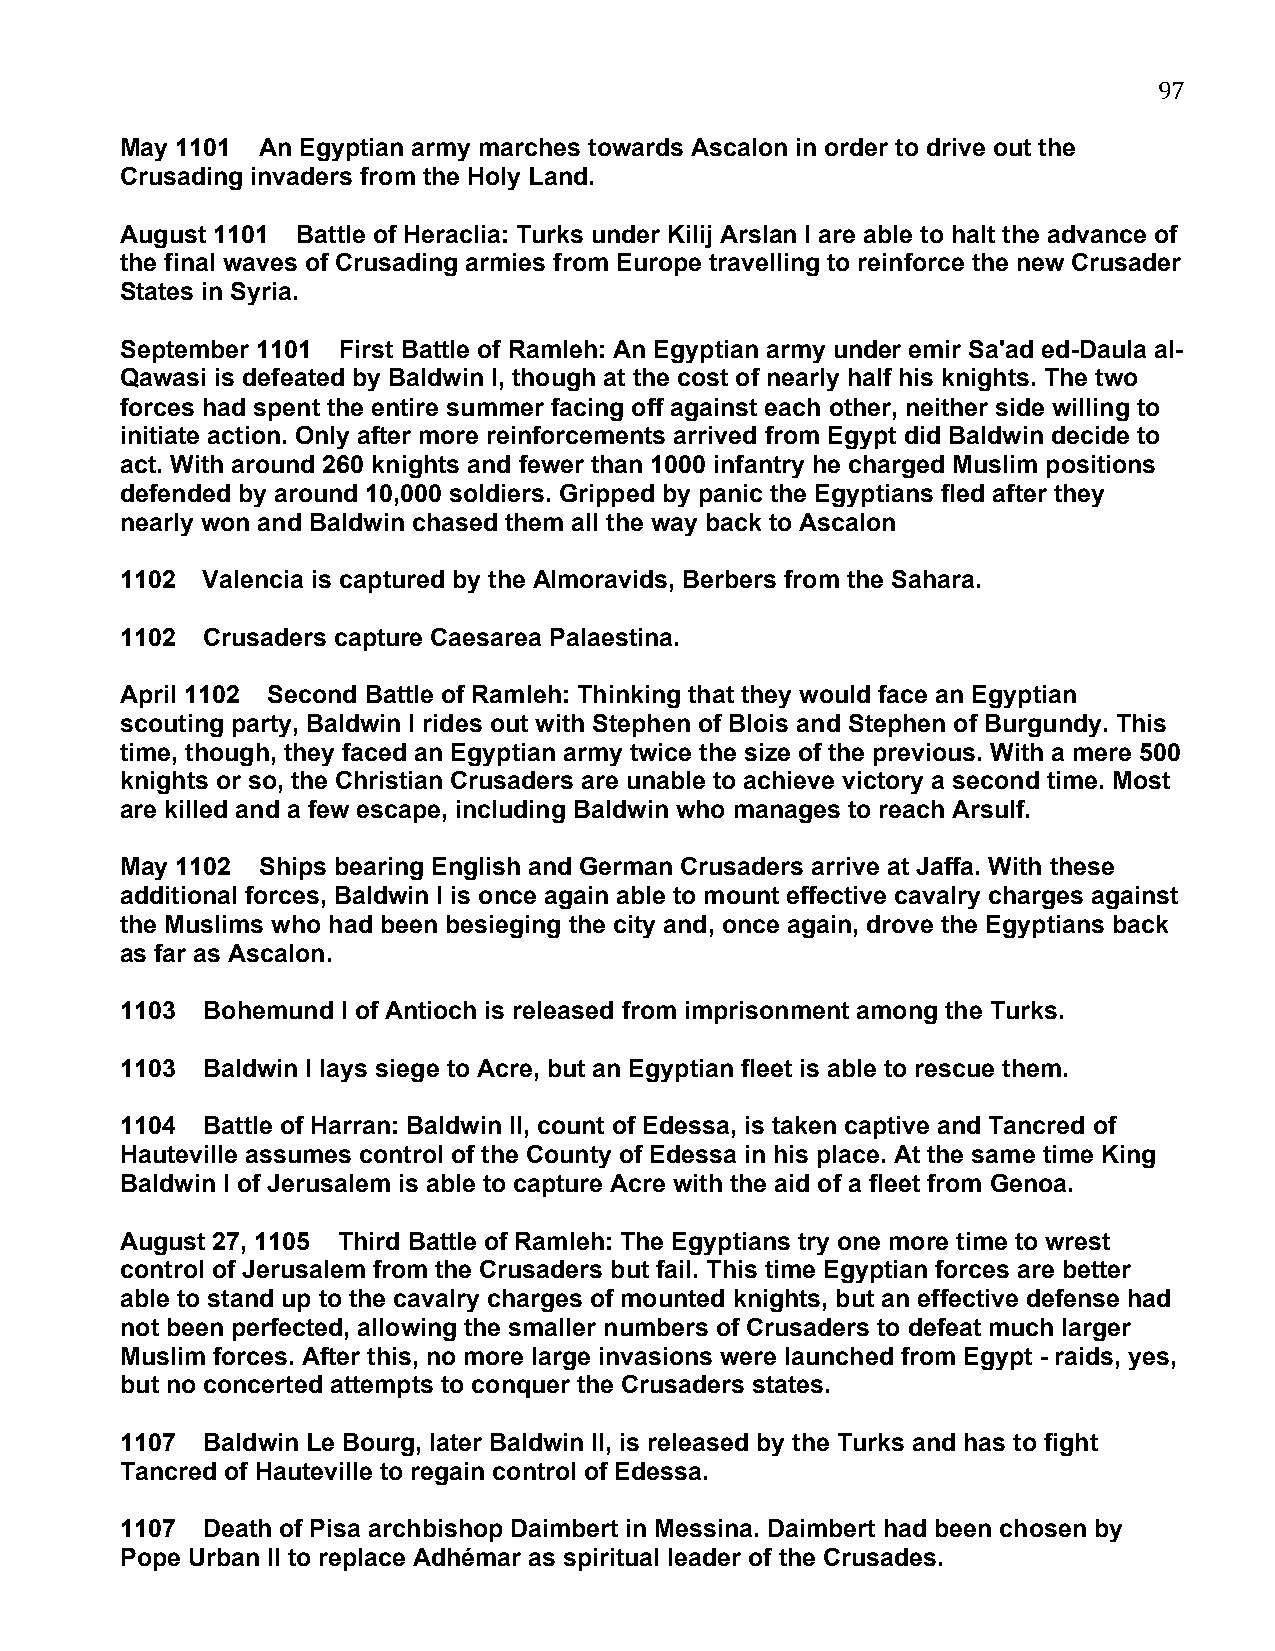
97
 May 1101 An Egyptian army marches towards Ascalon in order to drive out the
 Crusading invaders from the Holy Land.
 August 1101 Battle of Heraclia: Turks under Kilij Arslan I are able to halt the advance of
 the final waves of Crusading armies from Europe travelling to reinforce the new Crusader
 States in Syria.
 September 1101 First Battle of Ramleh: An Egyptian army under emir Sa'ad ed-Daula al-
 Qawasi is defeated by Baldwin I, though at the cost of nearly half his knights. The two
 forces had spent the entire summer facing off against each other, neither side willing to
 initiate action. Only after more reinforcements arrived from Egypt did Baldwin decide to
 act. With around 260 knights and fewer than 1000 infantry he charged Muslim positions
 defended by around 10,000 soldiers. Gripped by panic the Egyptians fled after they
 nearly won and Baldwin chased them all the way back to Ascalon
 1102 Valencia is captured by the Almoravids, Berbers from the Sahara.
 1102 Crusaders capture Caesarea Palaestina.
 April 1102 Second Battle of Ramleh: Thinking that they would face an Egyptian
 scouting party, Baldwin I rides out with Stephen of Blois and Stephen of Burgundy. This
 time, though, they faced an Egyptian army twice the size of the previous. With a mere 500
 knights or so, the Christian Crusaders are unable to achieve victory a second time. Most
 are killed and a few escape, including Baldwin who manages to reach Arsulf.
 May 1102 Ships bearing English and German Crusaders arrive at Jaffa. With these
 additional forces, Baldwin I is once again able to mount effective cavalry charges against
 the Muslims who had been besieging the city and, once again, drove the Egyptians back
 as far as Ascalon.
 1103 Bohemund  I of Antioch is released from imprisonment among the Turks.
 1103 Baldwin I lays siege to Acre, but an Egyptian fleet is able to rescue them.
 1104 Battle of Harran: Baldwin II, count of Edessa, is taken captive and Tancred of
 Hauteville assumes control of the County of Edessa in his place. At the same time King
 Baldwin I of Jerusalem is able to capture Acre with the aid of a fleet from Genoa.
 August 27, 1105 Third Battle of Ramleh: The Egyptians try one more time to wrest
 control of Jerusalem from the Crusaders but fail. This time Egyptian forces are better
 able to stand up to the cavalry charges of mounted knights, but an effective defense had
 not been perfected, allowing the smaller numbers of Crusaders to defeat much larger
 Muslim forces. After this, no more large invasions were launched from Egypt - raids, yes,
 but no concerted attempts to conquer the Crusaders states.
 1107 Baldwin Le Bourg, later Baldwin II, is released by the Turks and has to fight
 Tancred of Hauteville to regain control of Edessa.
 1107 Death of Pisa archbishop Daimbert in Messina. Daimbert had been chosen by
 Pope Urban II to replace Adhémar as spiritual leader of the Crusades.